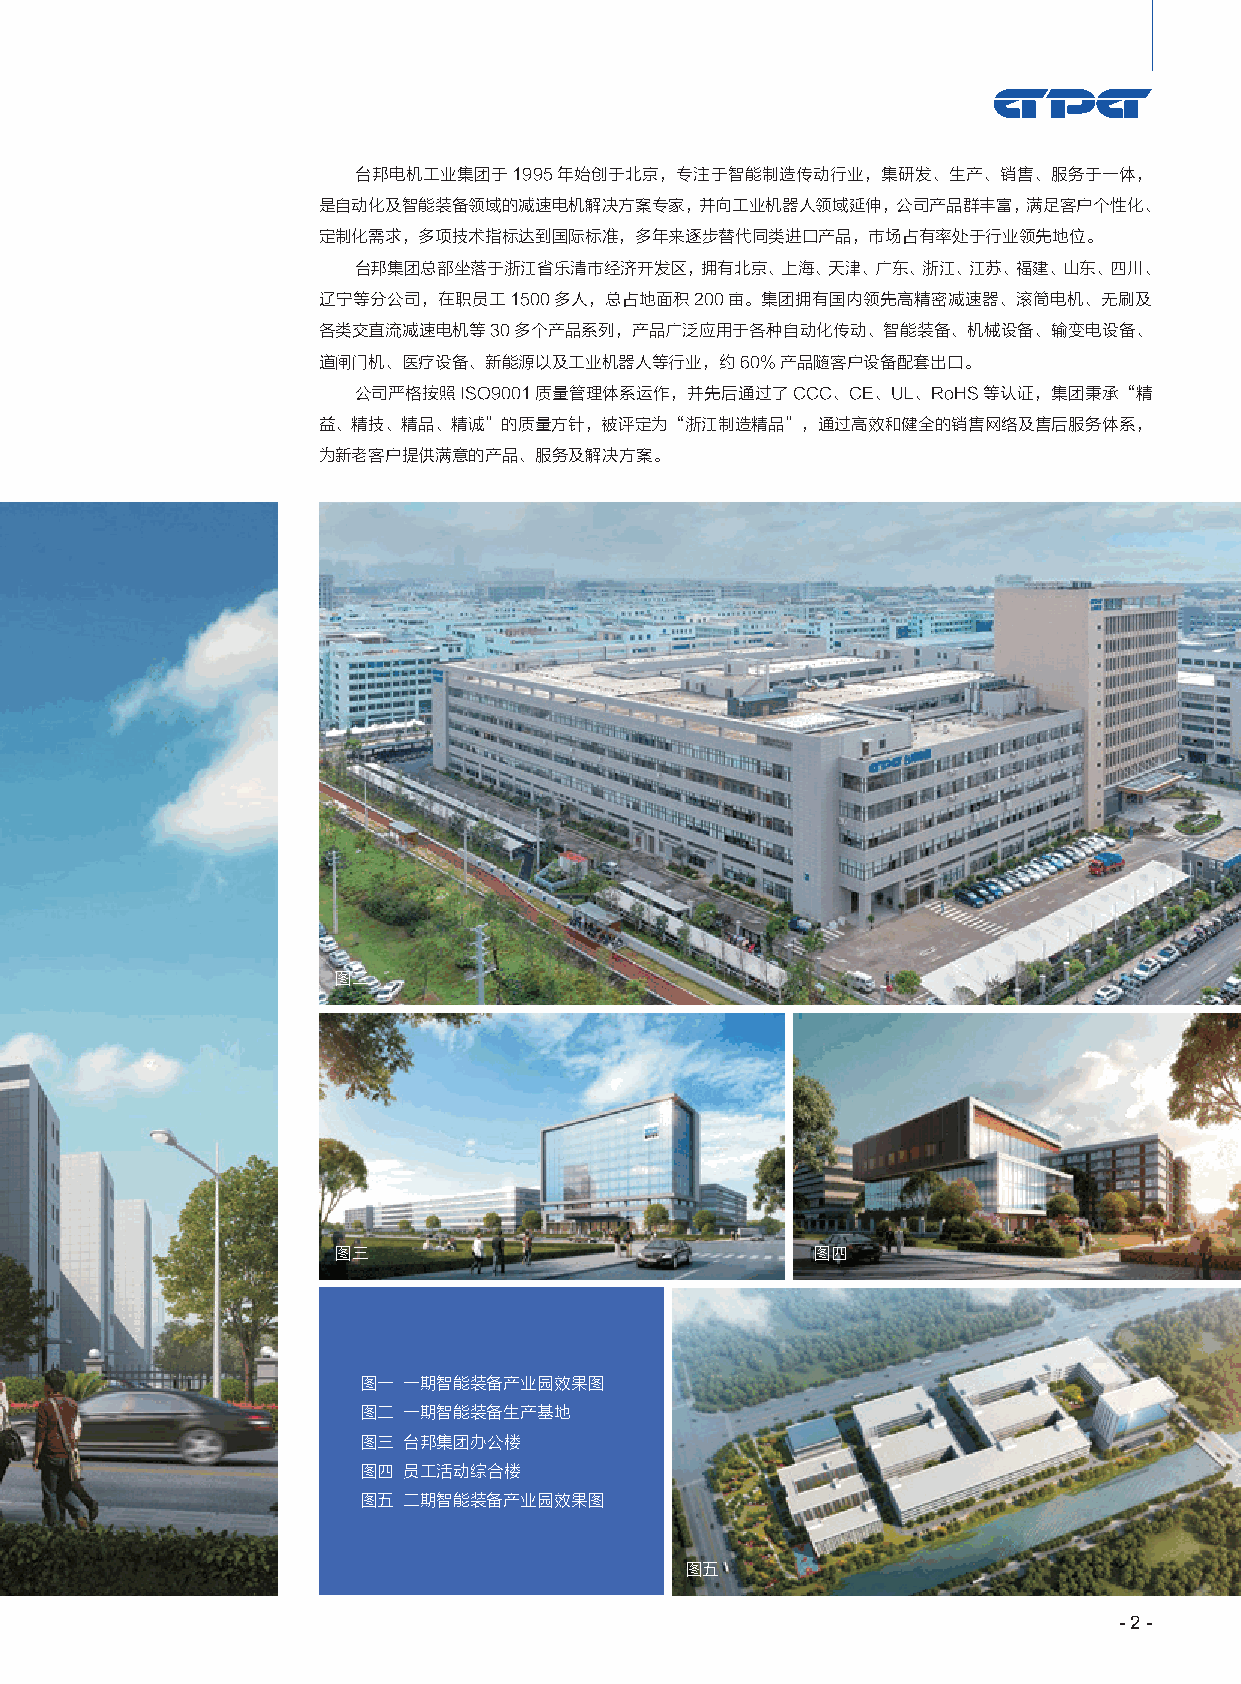
台邦电机工业集团于1995年始创于北京，专注于智能制造传动行业，集研发、生产、销售、服务于一体，
 是自动化及智能装备领域的减速电机解决方案专家，并向工业机器人领域延伸，公司产品群丰富，满足客户个性化、
 定制化需求，多项技术指标达到国际标准，多年来逐步替代同类进口产品，市场占有率处于行业领先地位。
 台邦集团总部坐落于浙江省乐清市经济开发区，拥有北京、上海、天津、广东、浙江、江苏、福建、山东、四川、
 辽宁等分公司，在职员工1500多人，总占地面积200亩。集团拥有国内领先高精密减速器、滚筒电机、无刷及
 各类交直流减速电机等30多个产品系列，产品广泛应用于各种自动化传动、智能装备、机械设备、输变电设备、
 道闸门机、医疗设备、新能源以及工业机器人等行业，约60%产品随客户设备配套出口。
 公司严格按照ISO9001质量管理体系运作，并先后通过了CCC、CE、UL、RoHS等认证，集团秉承“精
 益、精技、精品、精诚”的质量方针，被评定为“浙江制造精品”，通过高效和健全的销售网络及售后服务体系，
 为新老客户提供满意的产品、服务及解决方案。
 图二
 图三                              图四
 图一 一期智能装备产业园效果图
 图二 一期智能装备生产基地
 图三 台邦集团办公楼
 图四 员工活动综合楼
 图五 二期智能装备产业园效果图
 图五
 - 2 -